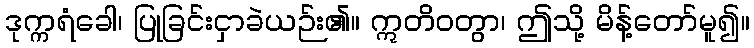
ဒုက္ကရံခေါ၊ ပြုခြင်းငှာခဲယဉ်း၏။ ဣတိဝတွာ၊ ဤသို့ မိန့်တော်မူ၍။